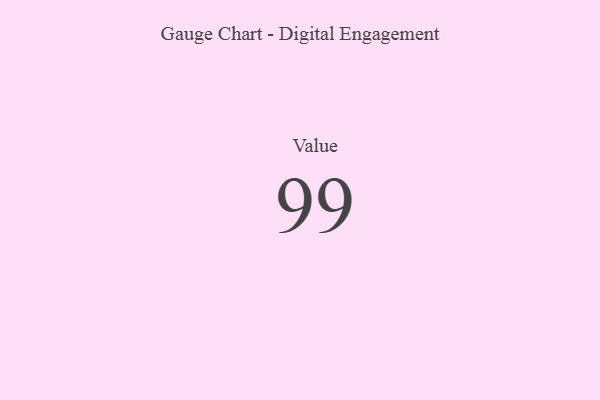
{"axis": {"x": "Metric", "y": "Value"}, "legend": [""], "data": [{"x": "Value", "y": 99, "type": ""}]}